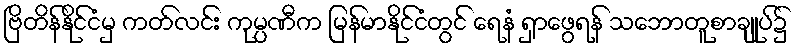
ဗြိတိန်နိုင်ငံမှ ကတ်လင်း ကုမ္ပဏီက မြန်မာနိုင်ငံတွင် ရေနံ ရှာဖွေရန် သဘောတူစာချုပ်၌